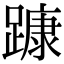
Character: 𨄗